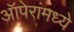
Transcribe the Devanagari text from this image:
ऑपेरांमध्ये